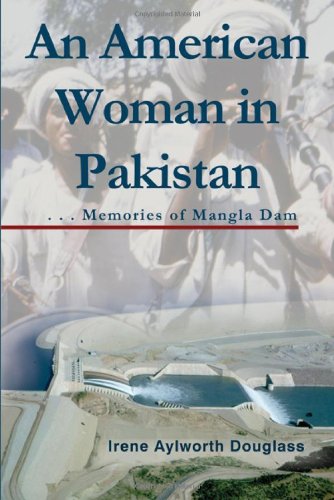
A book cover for An American Woman in Pakistan: Memories of Mangla Dam; Irene Aylworth Douglass; Travel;